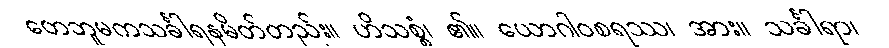
တေဘူမကသင်္ခါရနမိတ်တည်း။ ဟိသစ္စံ၊ ၏။ ယောဂါဝစရဿ၊ အား။ သင်္ခါရာ၊